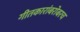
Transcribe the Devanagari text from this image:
गीतकारांबरोबरच